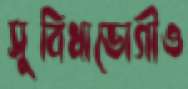
সুবিধাভোগীও